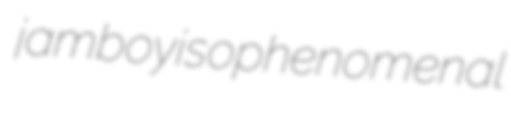
jamboy isophenomenal